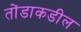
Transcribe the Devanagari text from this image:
तोंडाकडील